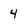
Character: 4